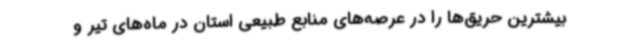
بیشترین حریق‌ها را در عرصه‌های منابع طبیعی استان در ماه‌های تیر و